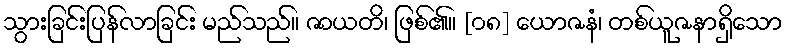
သွားခြင်းပြန်လာခြင်း မည်သည်။ ဇာယတိ၊ ဖြစ်၏။ [၀၈] ယောဇနံ၊ တစ်ယူဇနာရှိသော